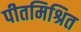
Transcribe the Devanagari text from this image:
पीतमिश्रित